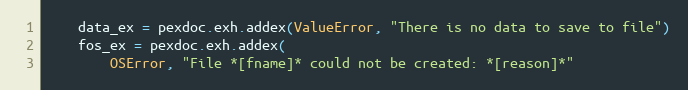
Language: Python
    data_ex = pexdoc.exh.addex(ValueError, "There is no data to save to file")
    fos_ex = pexdoc.exh.addex(
        OSError, "File *[fname]* could not be created: *[reason]*"